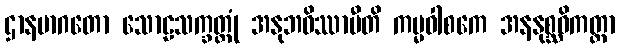
ဌာနမာဂတော သောဠသက္ခတ္တုံ အနုဘဝိဿာမီတိ ကမ္မဝါစကေ အနနုစ္ဆဝိကတ္တာ